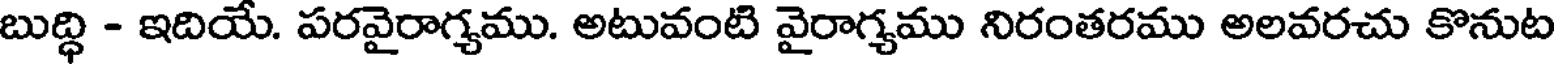
బుద్ధి - ఇదియే. పరవైరాగ్యము. అటువంటి వైరాగ్యము నిరంతరము అలవరచు కొనుట